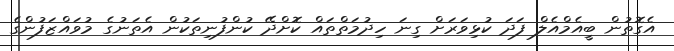
އެގޮތުން ބީއެމްއެލް ފަދަ ކުޅިވަރަށް ގިނަ ހިދުމަތްތައް ކޮށްދޭ ކުންފުނިތަކުން އެތަނުގެ މުވައްޒަފުންގެ